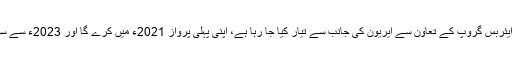
تین انجن کا طیارہ، جو ایئربس گروپ کے تعاون سے ایریون کی جانب سے تیار کیا جا رہا ہے، اپنی پہلی پرواز 2021ء میں کرے گا اور 2023ء سے سروس کا آغاز کرے گا۔